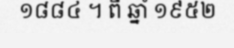
១៨៨៤ ។ ពី ឆ្នាំ ១៩៥២